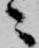
ニ